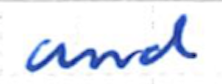
Text: and
Cross-out: clean
Writing tool: ballpoint